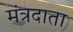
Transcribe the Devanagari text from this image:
मंत्रदाता